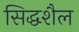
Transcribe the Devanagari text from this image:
सिद्धशैल